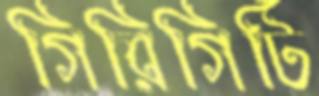
গিরিগিটি